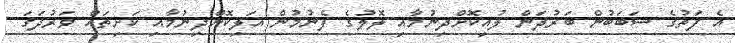
އެ ފަތުގެ ސަބަބުން ބަރުދަން ލުއިކޮށްދިނުމާއި ލޮލުގެ ފެނުމުން އަލިކޮށްދިނުމާއި ކަށިތައް ވަރުދަގަ